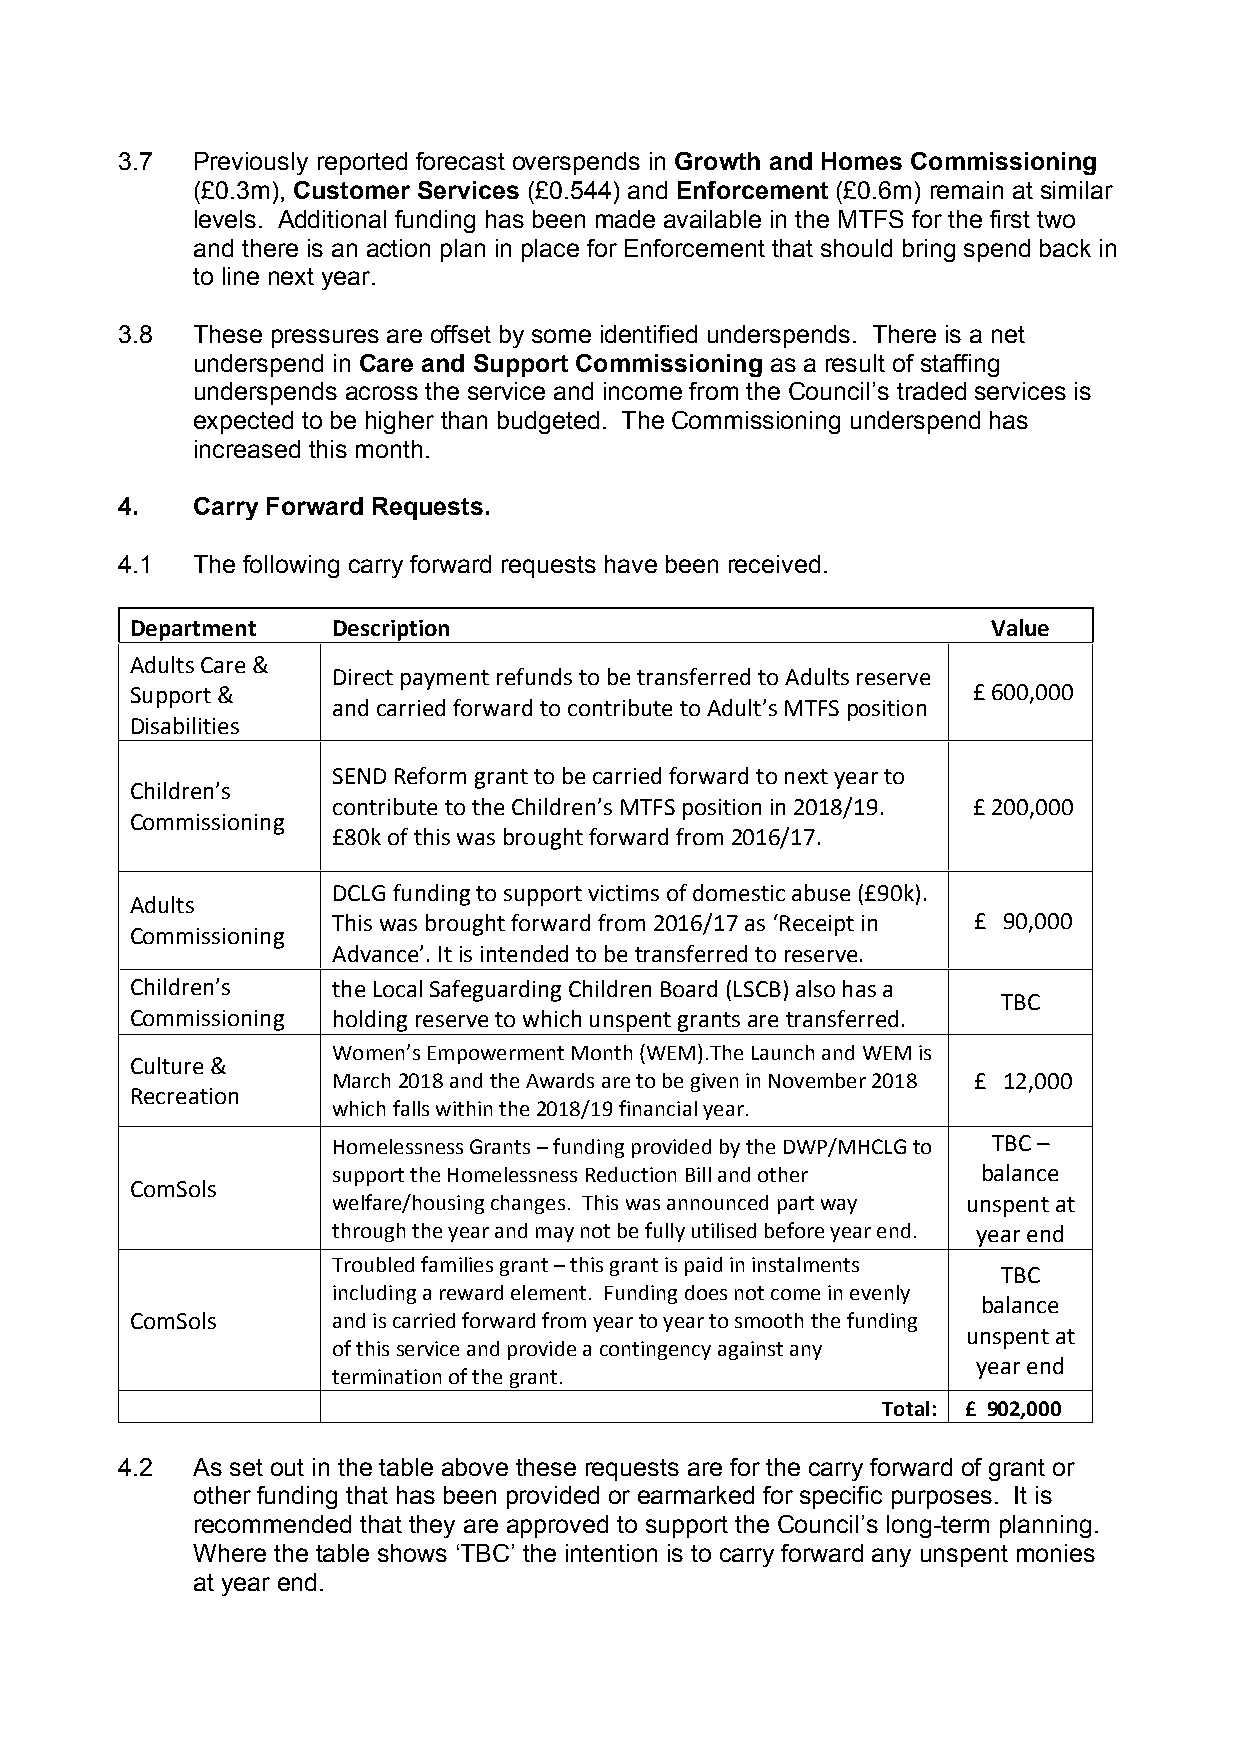
3.7  Previously reported forecast overspends in Growth and Homes Commissioning
 (£0.3m), Customer Services (£0.544) and Enforcement (£0.6m) remain at similar
 levels. Additional funding has been made available in the MTFS for the first two
 and there is an action plan in place for Enforcement that should bring spend back in
 to line next year.
 3.8  These pressures are offset by some identified underspends. There is a net
 underspend in Care and Support Commissioning as a result of staffing
 underspends across the service and income from the Council’s traded services is
 expected to be higher than budgeted. The Commissioning underspend has
 increased this month.
 4.   Carry Forward Requests.
 4.1  The following carry forward requests have been received.
 Department   Description                                 Value
 Adults Care &
 Direct payment refunds to be transferred to Adults reserve
 Support &                                              £ 600,000
 and carried forward to contribute to Adult’s MTFS position
 Disabilities
 SEND Reform grant to be carried forward to next year to
 Children’s
 contribute to the Children’s MTFS position in 2018/19. £ 200,000
 Commissioning
 £80k of this was brought forward from 2016/17.
 DCLG funding to support victims of domestic abuse (£90k).
 Adults
 This was brought forward from 2016/17 as ‘Receipt in £ 90,000
 Commissioning
 Advance’. It is intended to be transferred to reserve.
 Children’s   the Local Safeguarding Children Board (LSCB) also has a
 TBC
 Commissioning holding reserve to which unspent grants are transferred.
 Women’s Empowerment Month (WEM).The Launch and WEM is
 Culture &
 March 2018 and the Awards are to be given in November 2018 £ 12,000
 Recreation
 which falls within the 2018/19 financial year.
 Homelessness Grants – funding provided by the DWP/MHCLG to TBC –
 support the Homelessness Reduction Bill and other balance
 ComSols
 welfare/housing changes. This was announced part way unspent at
 through the year and may not be fully utilised before year end. year end
 Troubled families grant – this grant is paid in instalments
 TBC
 including a reward element. Funding does not come in evenly
 balance
 ComSols      and is carried forward from year to year to smooth the funding
 unspent at
 of this service and provide a contingency against any
 year end
 termination of the grant.
 Total: £ 902,000
 4.2  As set out in the table above these requests are for the carry forward of grant or
 other funding that has been provided or earmarked for specific purposes. It is
 recommended that they are approved to support the Council’s long-term planning.
 Where the table shows ‘TBC’ the intention is to carry forward any unspent monies
 at year end.